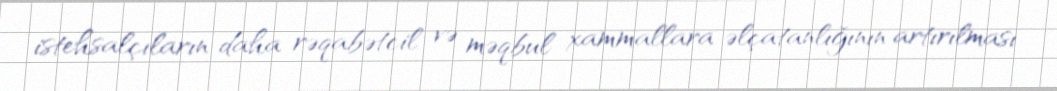
istehsalçıların daha rəqabətcil və məqbul xammallara əlçatanlığının artırılması